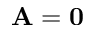
\mathbf A = \mathbf 0